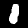
Label: 1